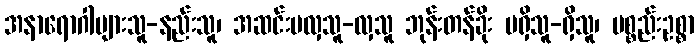
အနာရောဂါများသူ-နည်းသူ၊ အဆင်းမလှသူ-လှသူ ဘုန်းတန်ခိုး မရှိသူ-ရှိသူ၊ ပစ္စည်းဥစ္စာ